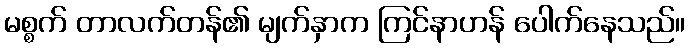
မစ္စက် တာလက်တန်၏ မျက်နှာက ကြင်နာဟန် ပေါက်နေသည်။